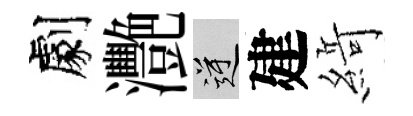
劇灧逆建𦂶